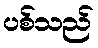
ပစ်သည်